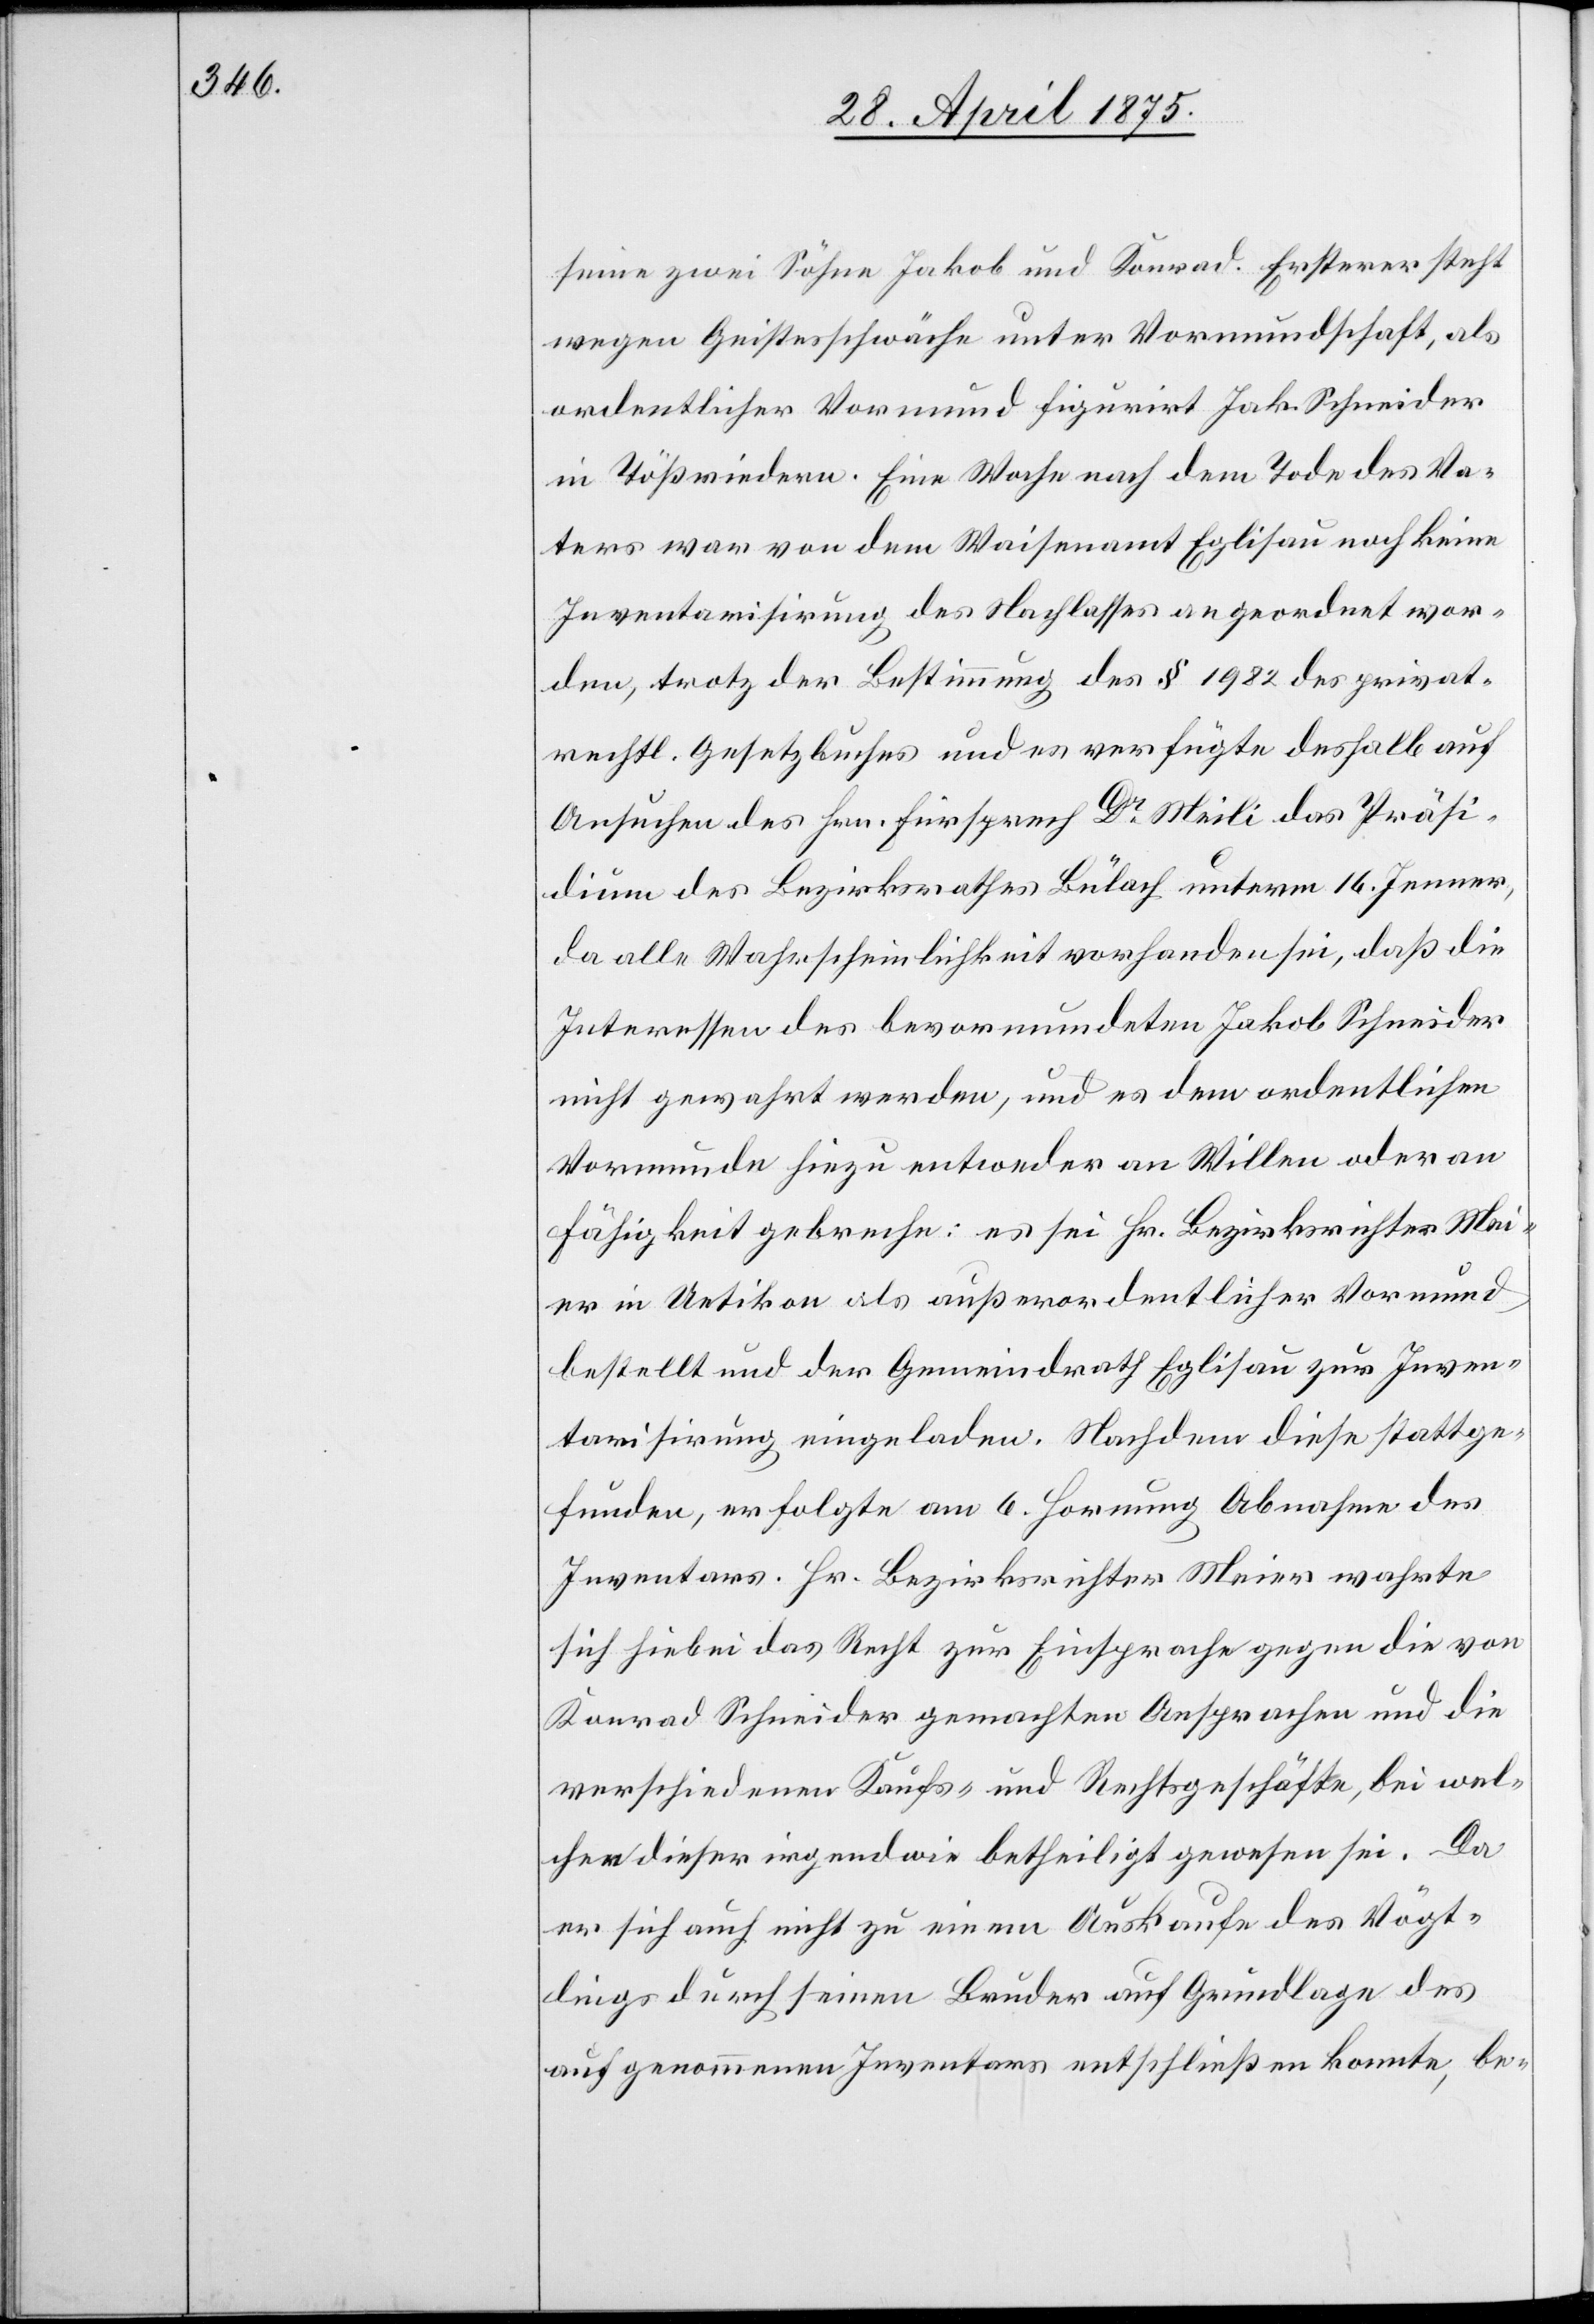
seine zwei Söhne Jakob und Konrad. Ersterer steht
wegen Geistesschwäche unter Vormundschaft, als
ordentlicher Vormund figurirt Jak. Schneider
in Tößriedern. Eine Woche nach dem Tode des Va¬
ters war von dem Waisenamt Eglisau noch keine
Inventarisierung des Nachlasses angeordnet wor¬
den, trotz der Bestimmung des § 1982 des privat¬
rechtl. Gesetzbuches und es verfügte deshalb auf
Ansuchen des Hrn. Fürsprech Dr. Meili das Präsi¬
dium des Bezirksrathes Bülach unterm 16. Jenner,
da alle Wahrscheinlichkeit vorhanden sei, daß die
Interessen des bevormundeten Jakob Schneider
nicht gewahrt werden, und es dem ordentlichen
Vormunde hiezu entweder an Willen oder an
Fähigkeit gebreche: es sei Hr. Bezirksrichter Mei¬
er in Uetikon als außerordentlicher Vormund
bestellt und der Gemeindrath Eglisau zur Inven¬
tarisierung eingeladen. Nachdem diese stattge¬
funden, erfolgte am 6. Hornung Abnahme des
Inventars. Hr. Bezirksrichter Meier wahrte
sich hiebei das Recht zur Einsprache gegen die von
Konrad Schneider gemachten Ansprachen und die
verschiedenen Kaufs- und Rechtsgeschäfte, bei wel¬
chen dieser irgendwie betheiligt gewesen sei. Da
er sich auch nicht zu einem Auskaufe des Vögt¬
lings durch seinen Bruder auf Grundlage des
aufgenommenen Inventars entschließen konnte, be-